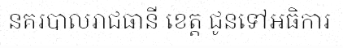
នគរបាលរាជធានី ខេត្ត ជូនទៅអធិការ